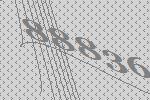
88836